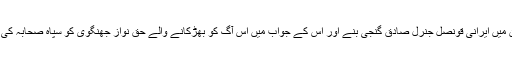
اس فرقہ واریت کا پہلا نشانہ 1990ءمیں پاکستان میں ایرانی قونصل جنرل صادق گنجی بنے اور اس کے جواب میں اس آگ کو بھڑکانے والے حق نواز جھنگوی کو سپاہ صحابہ کی تاسیس کے ساڑھے چار سال بعد قتل کر دیا گیا ۔